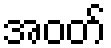
အဝတ်